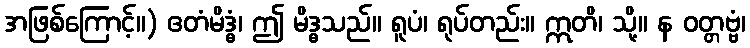
အဖြစ်ကြောင့်။) ဧတံမိဒ္ဓံ၊ ဤ မိဒ္ဓသည်။ ရူပံ၊ ရုပ်တည်း။ ဣတိ၊ သို့။ န ဝတ္တဗ္ဗံ၊